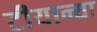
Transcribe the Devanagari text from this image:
टीयान्या